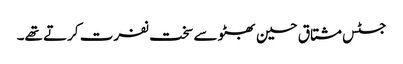
جسٹس مشتاق حسین بھٹو سے سخت نفرت کرتے تھے۔